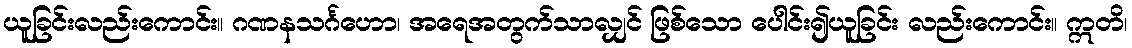
ယူခြင်းလည်းကောင်း။ ဂဏနသင်္ဂဟော၊ အရေအတွက်သာလျှင် ဖြစ်သော ပေါင်း၍ယူခြင်း လည်းကောင်း။ ဣတိ၊